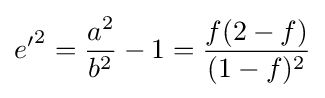
{e'}^{2}={\frac {a^{2}}{b^{2}}}-1={\frac {f(2-f)}{(1-f)^{2}}}